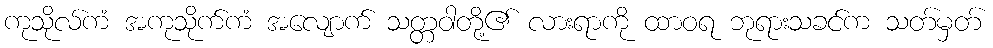
ကုသိုလ်ကံ အကုသိုက်ကံ အလျောက် သတ္တဝါတို့၏ လားရာကို ထာဝရ ဘုရားသခင်က သတ်မှတ်